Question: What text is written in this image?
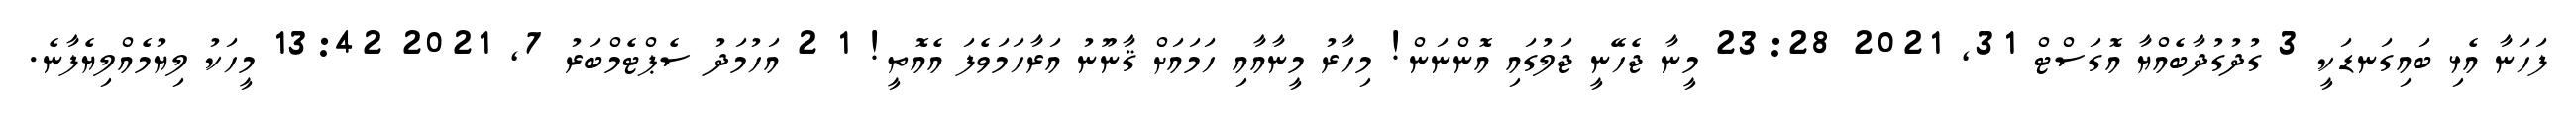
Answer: ފަހަނާ އެޅި ބައިގަނޑަކީ 3 ގުދުގުދާބެއްޔާ އޮގަސްޓް 31, 2021 23:28 މީނާ ޖެހޭނީ ޖަލުގައި އޮންނަން! މިހާރު މީނާއާއި ހަމައަށް ޤާނޫނު އަރާހަމަވެފަ އެއޮތީ! 1 2 އަހުމަދު ސެޕްޓެމްބަރު 7, 2021 13:42 މީހަކު ލިޔުމެއްލިޔެފާނެ.